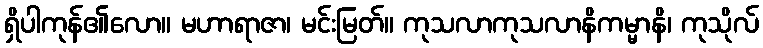
ရှိပါကုန်၏လော။ မဟာရာဇာ၊ မင်းမြတ်။ ကုသလာကုသလာနိကမ္မာနိ၊ ကုသိုလ်